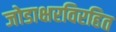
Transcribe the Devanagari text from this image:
जोडाक्षरविरहित